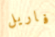
فاريل